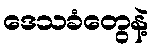
ဒေသခံတွေနဲ့